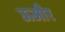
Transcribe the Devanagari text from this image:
ऊऔर